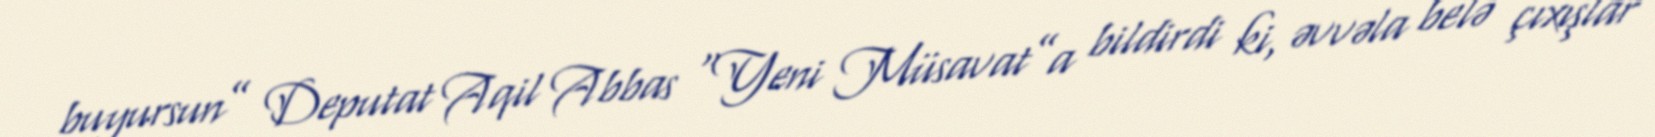
buyursun” Deputat Aqil Abbas “Yeni Müsavat”a bildirdi ki, əvvəla belə çıxışlar